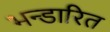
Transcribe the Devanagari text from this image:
भन्‍डारित